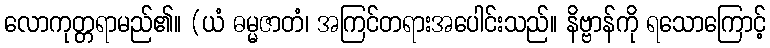
လောကုတ္တရာမည်၏။ (ယံ ဓမ္မဇာတံ၊ အကြင်တရားအပေါင်းသည်။ နိဗ္ဗာန်ကို ရသောကြောင့်